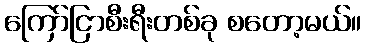
ကြော်ငြာစီးရီးတစ်ခု စတော့မယ်။